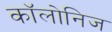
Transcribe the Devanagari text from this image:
कॉलोनिज